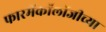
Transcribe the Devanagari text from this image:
फारमॅकॉलॉजीच्या